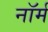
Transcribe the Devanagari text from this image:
नाॅर्म